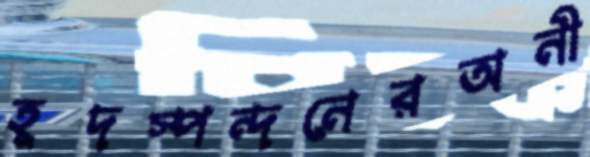
হূদস্পন্দনেরঅনী